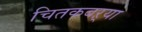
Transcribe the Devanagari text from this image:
चितकबऱ्या